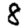
Digit: 8